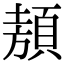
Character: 𩓁